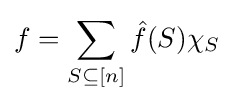
f=\sum _{S\subseteq [n]}{\hat {f}}(S)\chi _{S}